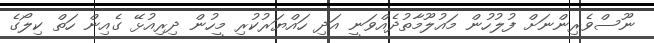
ނޫސްވެރިންނަށް ފުލުހުން މައުލޫމާތުދެއްވަނީ އަދި ހައްޔަރުކުރި މީހުން ދިރިއުޅޭ ގެއިން ހަތް ކިލޯގެ